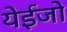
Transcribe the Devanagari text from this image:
येईजो